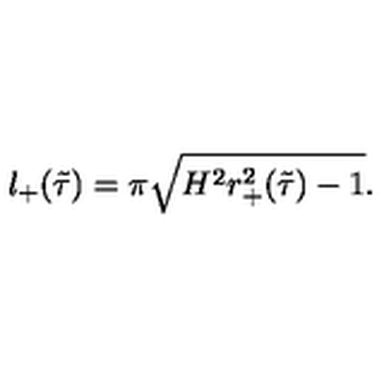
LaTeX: l _ { + } ( \tilde { \tau } ) = \pi \sqrt { H ^ { 2 } r _ { + } ^ { 2 } ( \tilde { \tau } ) - 1 } .